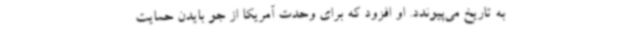
به تاریخ می‌پیوندد. او افزود که برای وحدت آمریکا از جو بایدن حمایت